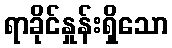
ရာခိုင်နှုန်းရှိသော